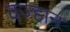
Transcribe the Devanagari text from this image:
वज़्हान